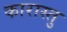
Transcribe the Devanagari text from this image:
कारास्तु